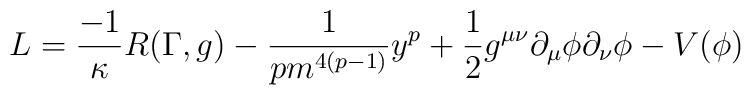
L =  \frac{-1}{\kappa} R(\Gamma, g) -\frac{1}{pm^{4(p-1)}}y^{p} + \frac{1}{2} g^{\mu\nu} \partial_{\mu} \phi \partial_{\nu} \phi - V(\phi)